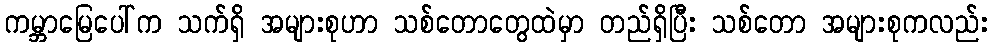
ကမ္ဘာမြေပေါ်က သက်ရှိ အများစုဟာ သစ်တောတွေထဲမှာ တည်ရှိပြီး သစ်တော အများစုကလည်း